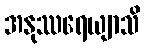
အနုဿရေယျာသိ